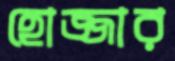
হোজ্জার